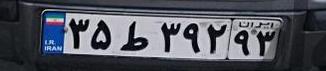
۳۵ط۳۹۲۹۳